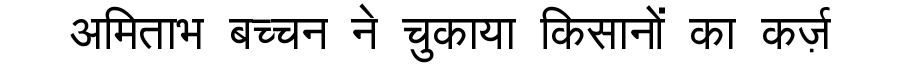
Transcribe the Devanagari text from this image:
अमिताभ बच्चन ने चुकाया किसानों का कर्ज़